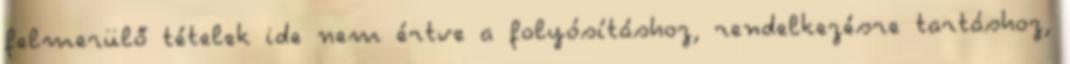
felmerülő tételek ide nem értve a folyósításhoz, rendelkezésre tartáshoz,